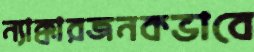
ন্যাক্কারজনকভাবে